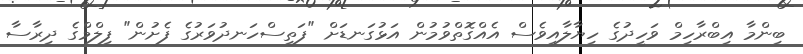
ބިންމާ އިބްރާހިމް ވަހީދުގެ ހިޔާލާއިވެސް އެއްގޮތްވުމުން އަޅުގަނޑަށް "ފަތިސްހަނދުވަރުގެ ފެށުން" ފިލްމްގެ ދިރާސާ